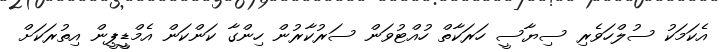
އެކަމަކު ސުލްހަވެރި ސިޔާސީ ހަރަކާތް ހުއްޓުވަން ސަރުކާރުން ހިންގާ ކަންކަން އެމްޑީީޕީން އިތުރަކަށް